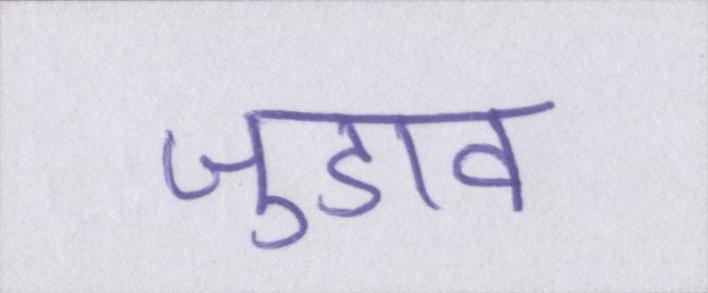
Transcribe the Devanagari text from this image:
जुडाव